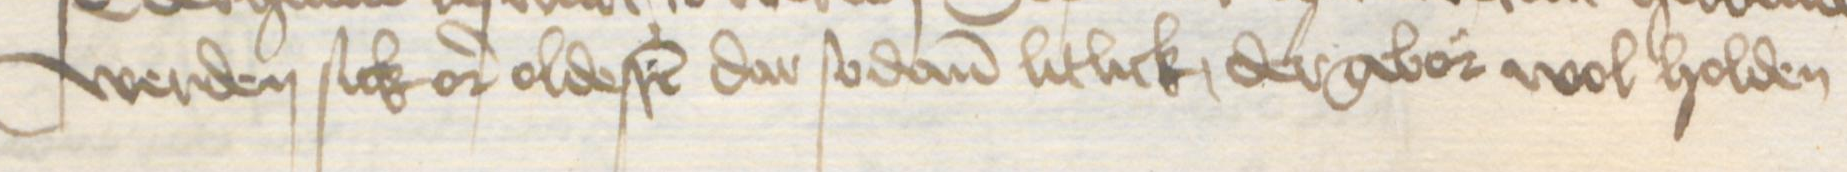
Transcription: werden sick or oldesten dar sodanen litlick dergebor wol holden